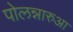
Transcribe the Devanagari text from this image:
पोलन्नारुआ